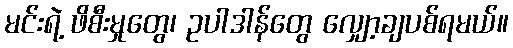
မင်းရဲ့ ဖိစီးမှုတွေ၊ ဥပါဒါန်တွေ လျှော့ချပစ်ရမယ်။